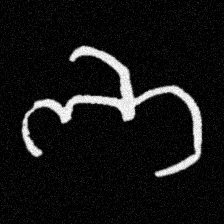
Pyu character \u2014 Myanmar letter: ဘ (romanized: bha)